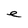
Character: e